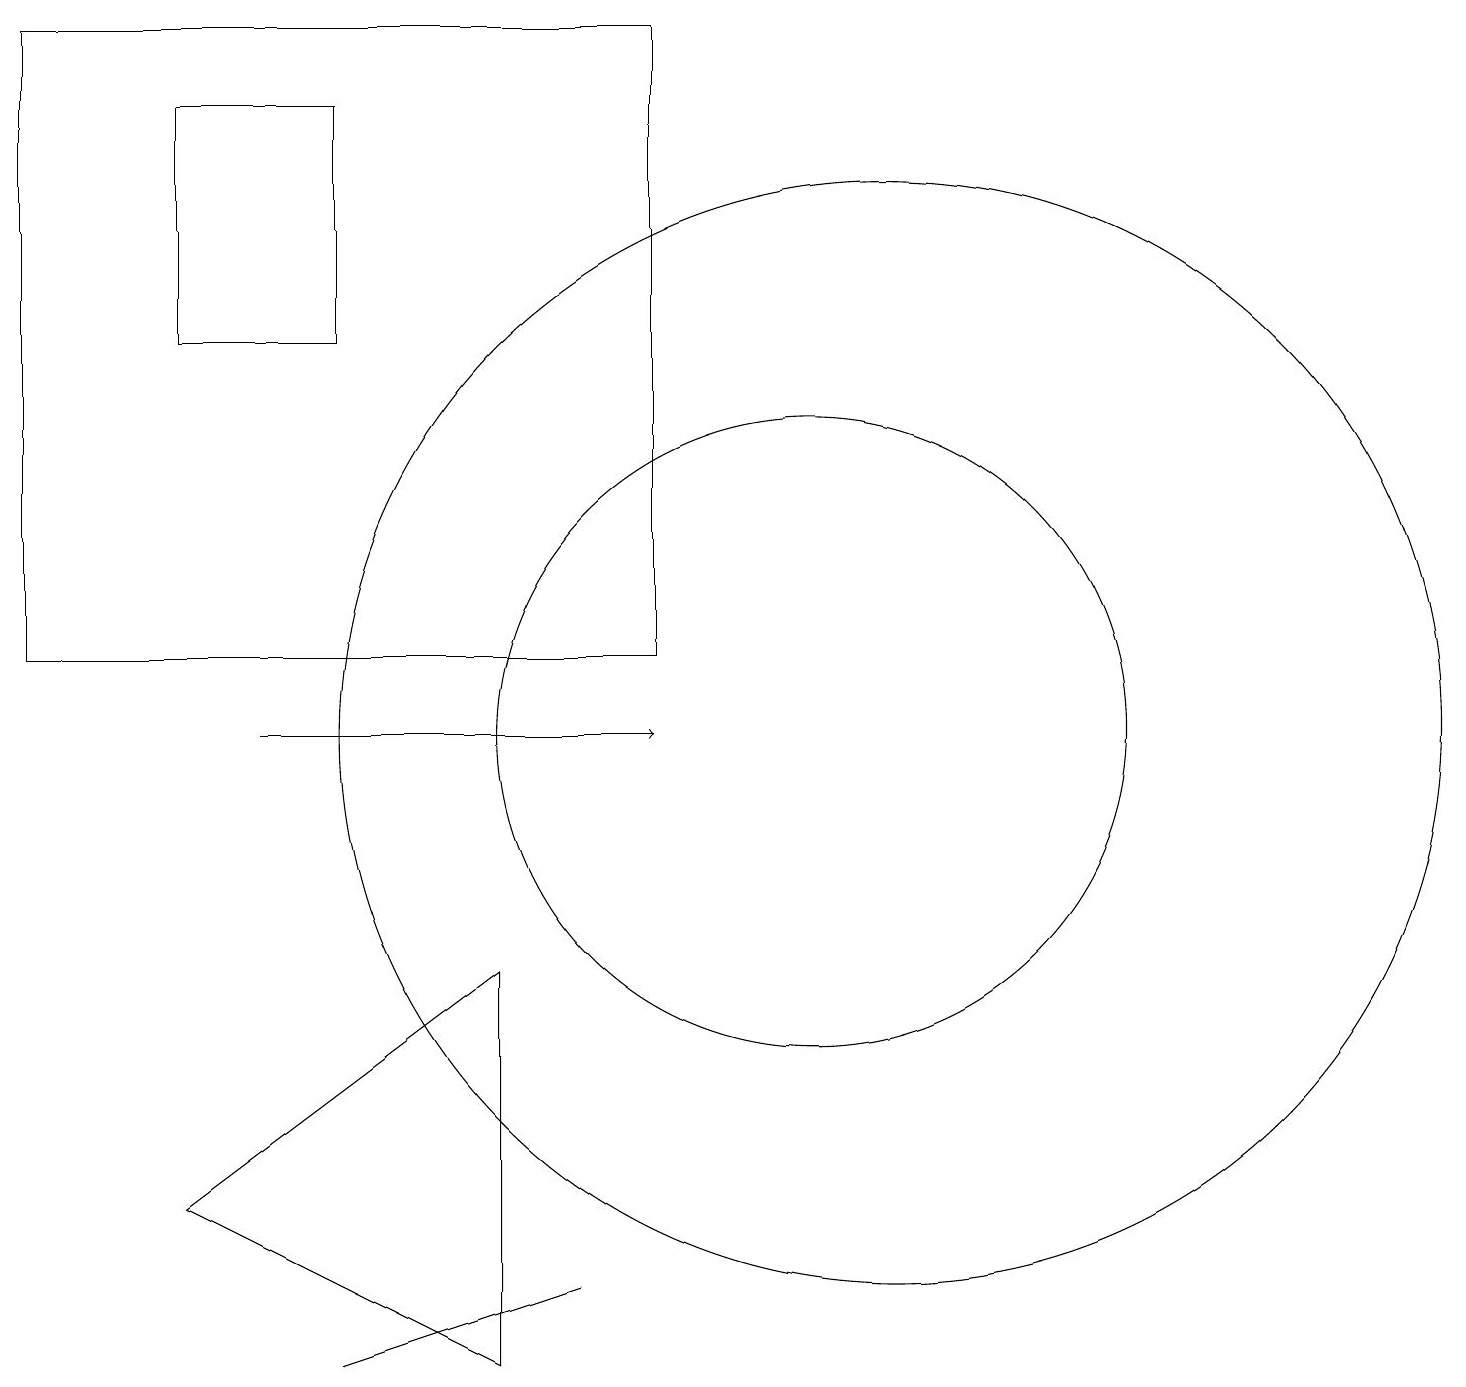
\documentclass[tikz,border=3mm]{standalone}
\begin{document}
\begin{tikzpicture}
\draw (7,3) -- (4,2) -- (7,3) -- cycle;
\draw (4,18) rectangle (2,15);
\draw (0,19) rectangle (8,11);
\draw[->] (3,10) -- (8,10);
\draw (11,10) circle (7);
\draw (6,7) -- (2,4) -- (6,2) -- cycle;
\draw (10,10) circle (4);
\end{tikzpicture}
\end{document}